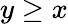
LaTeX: y\geq x